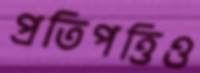
প্রতিপত্তিও